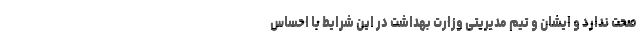
صحت ندارد و ایشان و تیم مدیریتی وزارت بهداشت در این شرایط با احساس